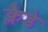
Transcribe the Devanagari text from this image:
क्लैडे